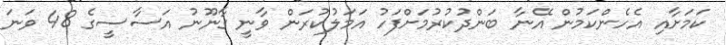
ކަމަށާއި އެހެންކަމުން އޭނާ ބަންދުކުރުމަށްފަހު އަމަލުކުރަން ވާނީ ގާނޫނު އަސާސީގެ 48 ވަނަ